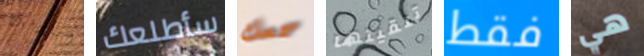
إجازتك سأطلعك سمعك تلقيتها فقط هي